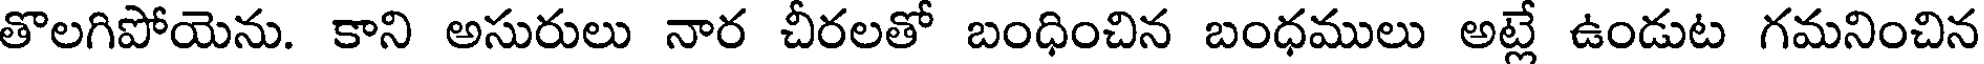
తొలగిపోయెను. కాని అసురులు నార చీరలతో బంధించిన బంధములు అట్లే ఉండుట గమనించిన